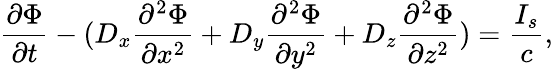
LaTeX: \frac{\partial{\Phi}}{\partial t}-(D_{x}\frac{\partial^{2}{\Phi}}{\partial x^{2}}+D_{y}\frac{\partial^{2}{\Phi}}{\partial y^{2}}+D_{z}\frac{\partial^{2}{\Phi}}{\partial z^{2}})=\frac{{I_{s}}}{c},